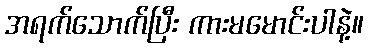
အရက်သောက်ပြီး ကားမမောင်းပါနဲ့။